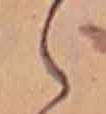
ら